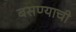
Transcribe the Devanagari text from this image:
बसण्‍याची